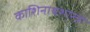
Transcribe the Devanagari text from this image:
काशिनाथशास्त्री